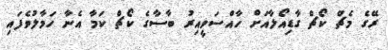
ރޭގެ މެޗް ކޯޗް ގާޑިއޯލާއަށް ހާއްސަވީއިރު ބާސާގެ ކޯޗް ކަމާ އެނާ ހަމާލުވެފައި